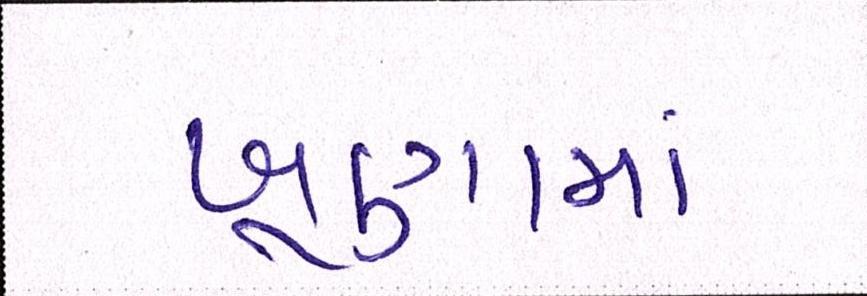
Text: ખૂણામાં